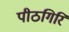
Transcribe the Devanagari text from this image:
पीठगिरि